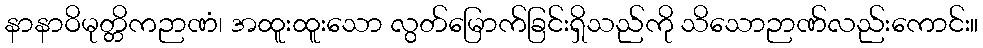
နာနာဝိမုတ္တိကဉာဏံ၊ အထူးထူးသော လွတ်မြောက်ခြင်းရှိသည်ကို သိသောဉာဏ်လည်းကောင်း။